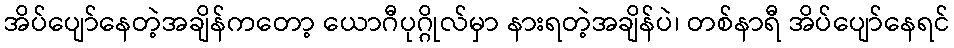
အိပ်ပျော်နေတဲ့အချိန်ကတော့ ယောဂီပုဂ္ဂိုလ်မှာ နားရတဲ့အချိန်ပဲ၊ တစ်နာရီ အိပ်ပျော်နေရင်